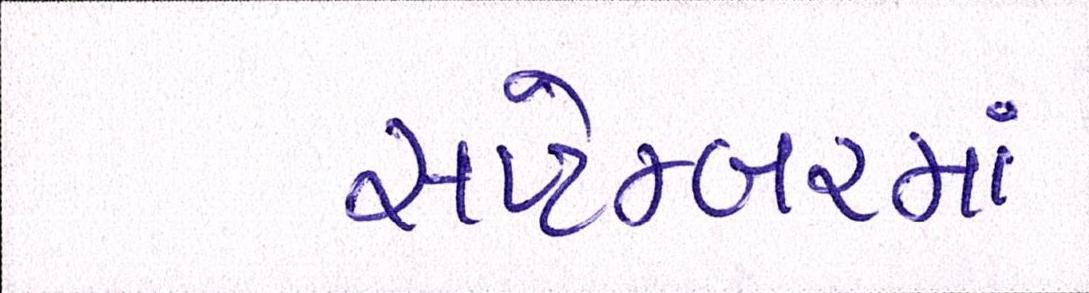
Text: સપ્ટેમ્બરમાં